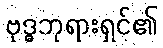
ဗုဒ္ဓဘုရားရှင်၏